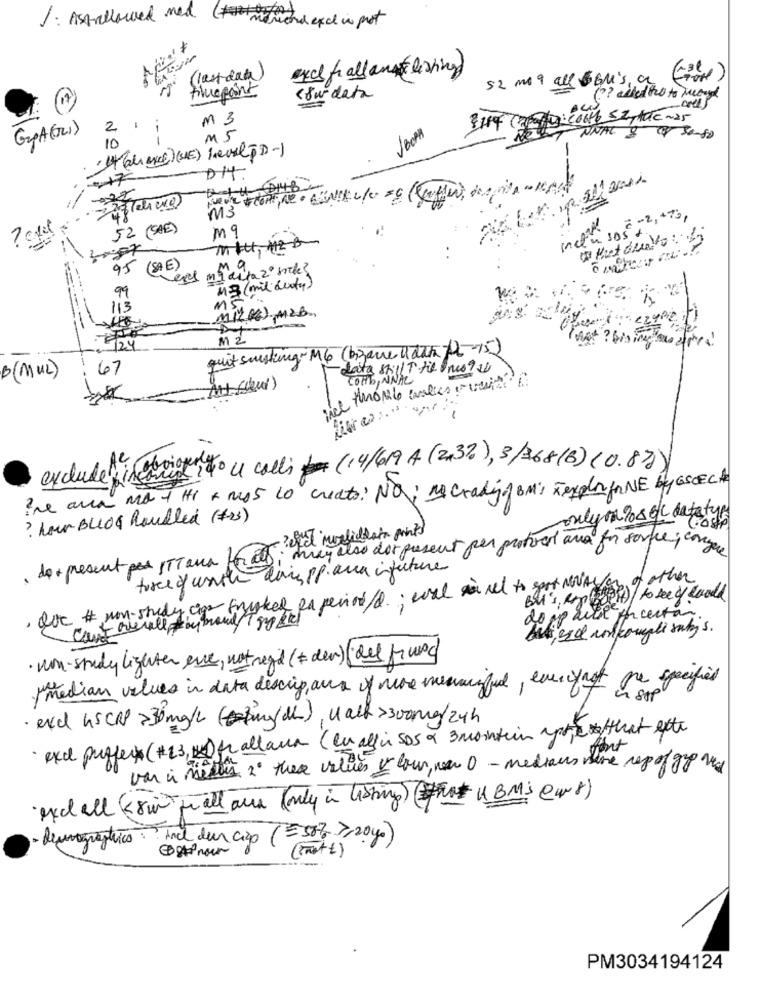
1 . Asprillawed med. menand excl in pot
exc fall anyliving
(lastdaa)
52 m1 9 all 5GM'S, a
filepoint
courdata
m 3
D: 20666 52,tele ~25
GPA(1)
2
BOPH
FINAL
---
M5
.It (alexce)(UE) level [ D-)
10
DIT.
Q +H -D14B
227/04200
M3
C -2, +73,
52 (SAE)
m9
95 (SAE)
M9
43 (mil duty)
99
113
Ms
MIL cz) ,mas
M 2
124
quit suisting MG (bizarre u dar ft-15)
67
data still T til omo94
B (MUL)
COMO , NNAL
-
exclude incoming to u calli (14/619 A (2,3), 3/168(6) (0.8)
he aria no 1 HI + mos to create: NO, ma crading BM; Texplor frNE by GSCECH
? hur BLIOG houlled (+2)
only on 208 6 ℃ datatyr
hab; muy also dos present per protror avrei for some, conges
, de+ present per ITT ana
dasy pp.aux infuture
force y unth
of other
, Que # non-shedy cias frisked pa period/d ; wasel anael to gast NOVAS
Bu's Ropogeff) / to see of could
do ip site
Acertar.
can't overall + by brand/T 5mp 3kl
· non-study lighter eve, not read (+ den) del fund)
median values in data descrip, aux of more meaningful, emniyet pe specified
· exc US CRP >30mg/L ( == Bing/ dl), nack >300mg/24h
· excl puffer (#23, 2) fa all ana ( en all in 505 a 3 monthin apoie that exte
sport
van i midten 2 these values v low, new 0 - medians sare repo/ gp
and all out for all ara ( only in listing) (noIBM'S eur8)
- deungrástico Incl dur ciap (= 50%) >>20 gr)
( Fait +)
PM3034194124